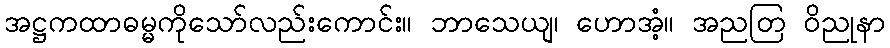
အဋ္ဌကထာဓမ္မကိုသော်လည်းကောင်း။ ဘာသေယျ၊ ဟောအံ့။ အညတြ ဝိညုနာ